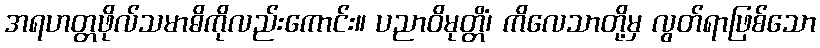
အရဟတ္တဖိုလ်သမာဓိကိုလည်းကောင်း။ ပညာဝိမုတ္တိံ၊ ကိလေသာတို့မှ လွတ်ရာဖြစ်သော